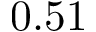
0 . 5 1